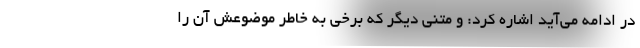
در ادامه می‌آید اشاره کرد: و متنی دیگر که برخی به خاطر موضوعش آن را